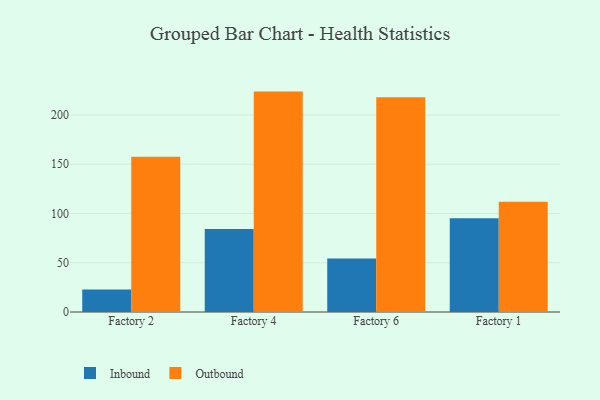
{"axis": {"x": "Factory", "y": "Temperature (°C)"}, "legend": ["Inbound", "Outbound"], "data": [{"x": "Factory 2", "y": 22.9, "type": "Inbound"}, {"x": "Factory 2", "y": 157.7, "type": "Outbound"}, {"x": "Factory 4", "y": 84.3, "type": "Inbound"}, {"x": "Factory 4", "y": 223.7, "type": "Outbound"}, {"x": "Factory 6", "y": 54.4, "type": "Inbound"}, {"x": "Factory 6", "y": 218.0, "type": "Outbound"}, {"x": "Factory 1", "y": 95.1, "type": "Inbound"}, {"x": "Factory 1", "y": 112.0, "type": "Outbound"}]}